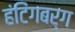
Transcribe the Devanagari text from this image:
हंटिंगबर्ग